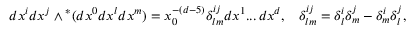
d x ^ { i } d x ^ { j } \wedge { } ^ { * } ( d x ^ { 0 } d x ^ { l } d x ^ { m } ) = x _ { 0 } ^ { - ( d - 5 ) } \delta _ { l m } ^ { i j } d x ^ { 1 } . . . \, d x ^ { d } , \; \; \; \delta _ { l m } ^ { i j } = \delta _ { l } ^ { i } \delta _ { m } ^ { j } - \delta _ { m } ^ { i } \delta _ { l } ^ { j } ,